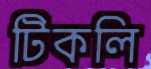
টিকলি